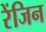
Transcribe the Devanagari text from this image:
रेंजिन